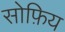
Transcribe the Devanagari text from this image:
सोफ़िय